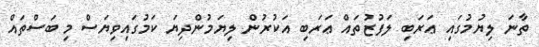
ތާނަ ލިޔުމުގައި ޢަރަބި ލަފުޒުތައް ޢަރަބި އަކުރުން ލިޔަމުންދިޔަ ކަމުގައިވިޔަސް މި ބަސްތައް